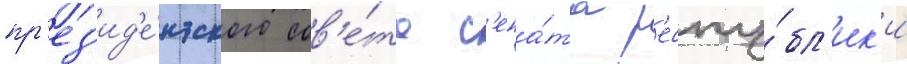
пр'ез'ид'е́нтского сов'е́та с'ена́та р'еспу́бл'ик'и